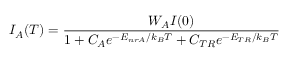
I _ { A } ( T ) = \frac { W _ { A } I ( 0 ) } { 1 + C _ { A } e ^ { - E _ { n r A } / k _ { B } T } + C _ { T R } e ^ { - E _ { T R } / k _ { B } T } }